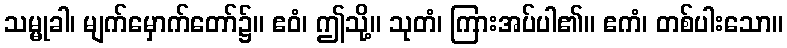
သမ္မုခါ၊ မျက်မှောက်တော်၌။ ဧဝံ၊ ဤသို့။ သုတံ၊ ကြားအပ်ပါ၏။ ဧကံ၊ တစ်ပါးသော။